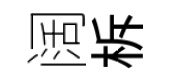
阔柝